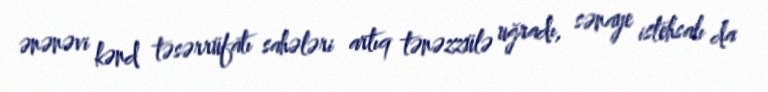
ənənəvi kənd təsərrüfatı sahələri artıq tənəzzülə uğradı, sənaye istehsalı da